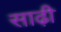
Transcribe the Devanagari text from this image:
साढ़ी